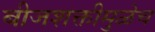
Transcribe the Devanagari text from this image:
बीजशक्तीमुळेच